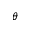
\theta